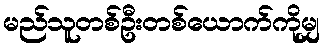
မည်သူတစ်ဦးတစ်ယောက်ကိုမျှ